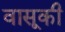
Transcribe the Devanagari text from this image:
वासूकी